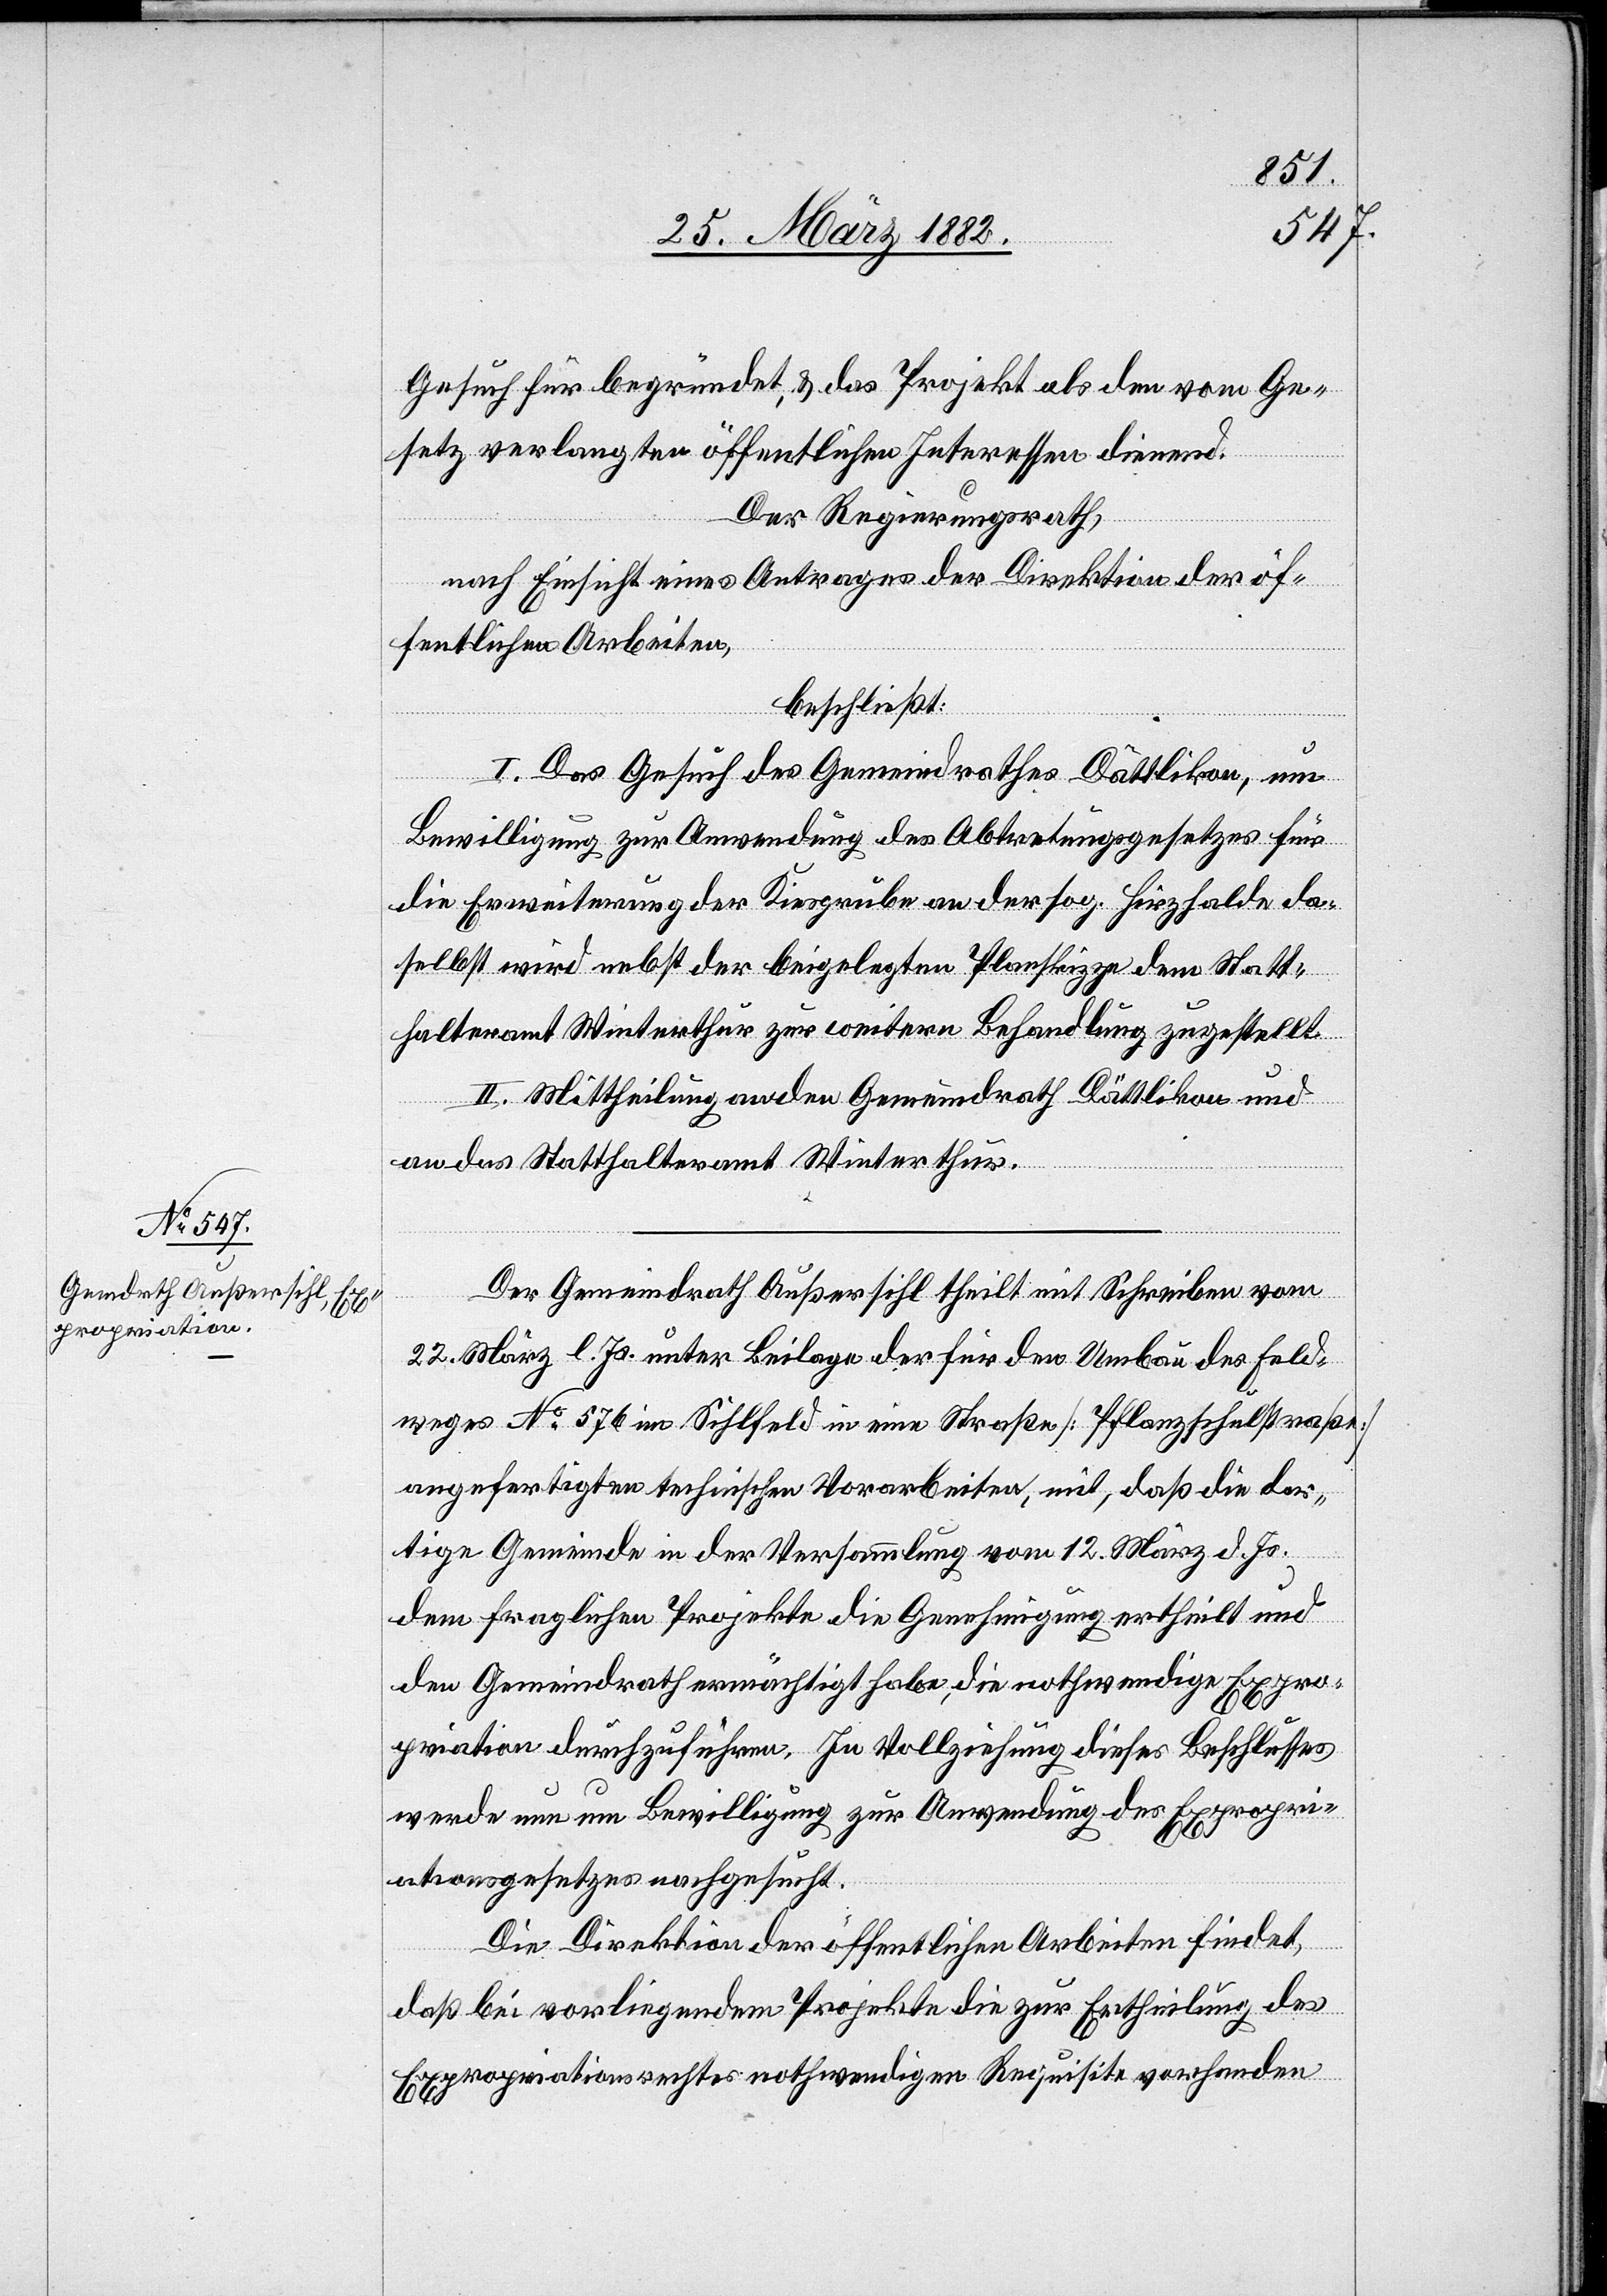
Gesuch für begründet, & das Projekt als dem vom Ge¬
setz verlangten öffentlichen Interesse dienend.
Der Regierungsrath,
nach Einsicht eines Antrages der Direktion der öf¬
fentlichen Arbeiten,
beschließt:
I. Das Gesuch des Gemeindrathes Dättlikon, um
Bewilligung zur Anwendung des Abtretungsgesetzes für
die Erweiterung der Kiesgrube an der sog. Hirzhalde da¬
selbst wird nebst der beigelegten Planskizze dem Statt¬
halteramt Winterthur zur weitern Behandlung zugestellt.
II. Mittheilung an den Gemeindrath Dättlikon und
an das Statthalteramt Winterthur.
Der Gemeindrath Außersihl theilt mit Schreiben vom
22. März l. Js. unter Beilage der für den Umbau des Feld¬
weges No 576 im Sihlfeld in eine Straße [Pflanzenstraße]
angefertigten technischen Vorarbeiten, mit, daß die dor¬
tige Gemeinde in der Versammlung vom 12. März d. Js.
dem fraglichen Projekte die Genehmigung ertheilt und
den Gemeindrath ermächtigt habe, die nothwendige Expro¬
priation durchzuführen. In Vollziehung dieses Beschlusses
werde neu um Bewilligung zur Anwendung des Expropri¬
ationgesetzes nachgesucht.
Die Direktion der öffentlichen Arbeiten findet,
daß bei vorliegendem Projekte die zur Ertheilung des
Expropriationsrechtes nothwendigen Requisiten vorhanden